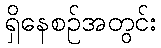
ရှိနေစဉ်အတွင်း